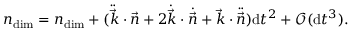
n _ { \mathrm { d i m } } = n _ { \mathrm { d i m } } + ( \ddot { \vec { k } } \cdot \vec { n } + 2 \dot { \vec { k } } \cdot \dot { \vec { n } } + \vec { k } \cdot \ddot { \vec { n } } ) \mathrm { d } t ^ { 2 } + \mathcal { O } ( \mathrm { d } t ^ { 3 } ) .